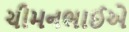
ચીમનભાઈએ